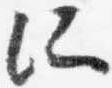
所